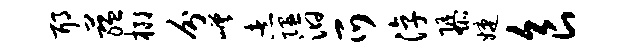
耶蕴榔分嵯煮隰汩爪淳隳婕食